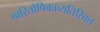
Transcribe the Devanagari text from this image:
पारितोषिकाव्यतिरिक्त